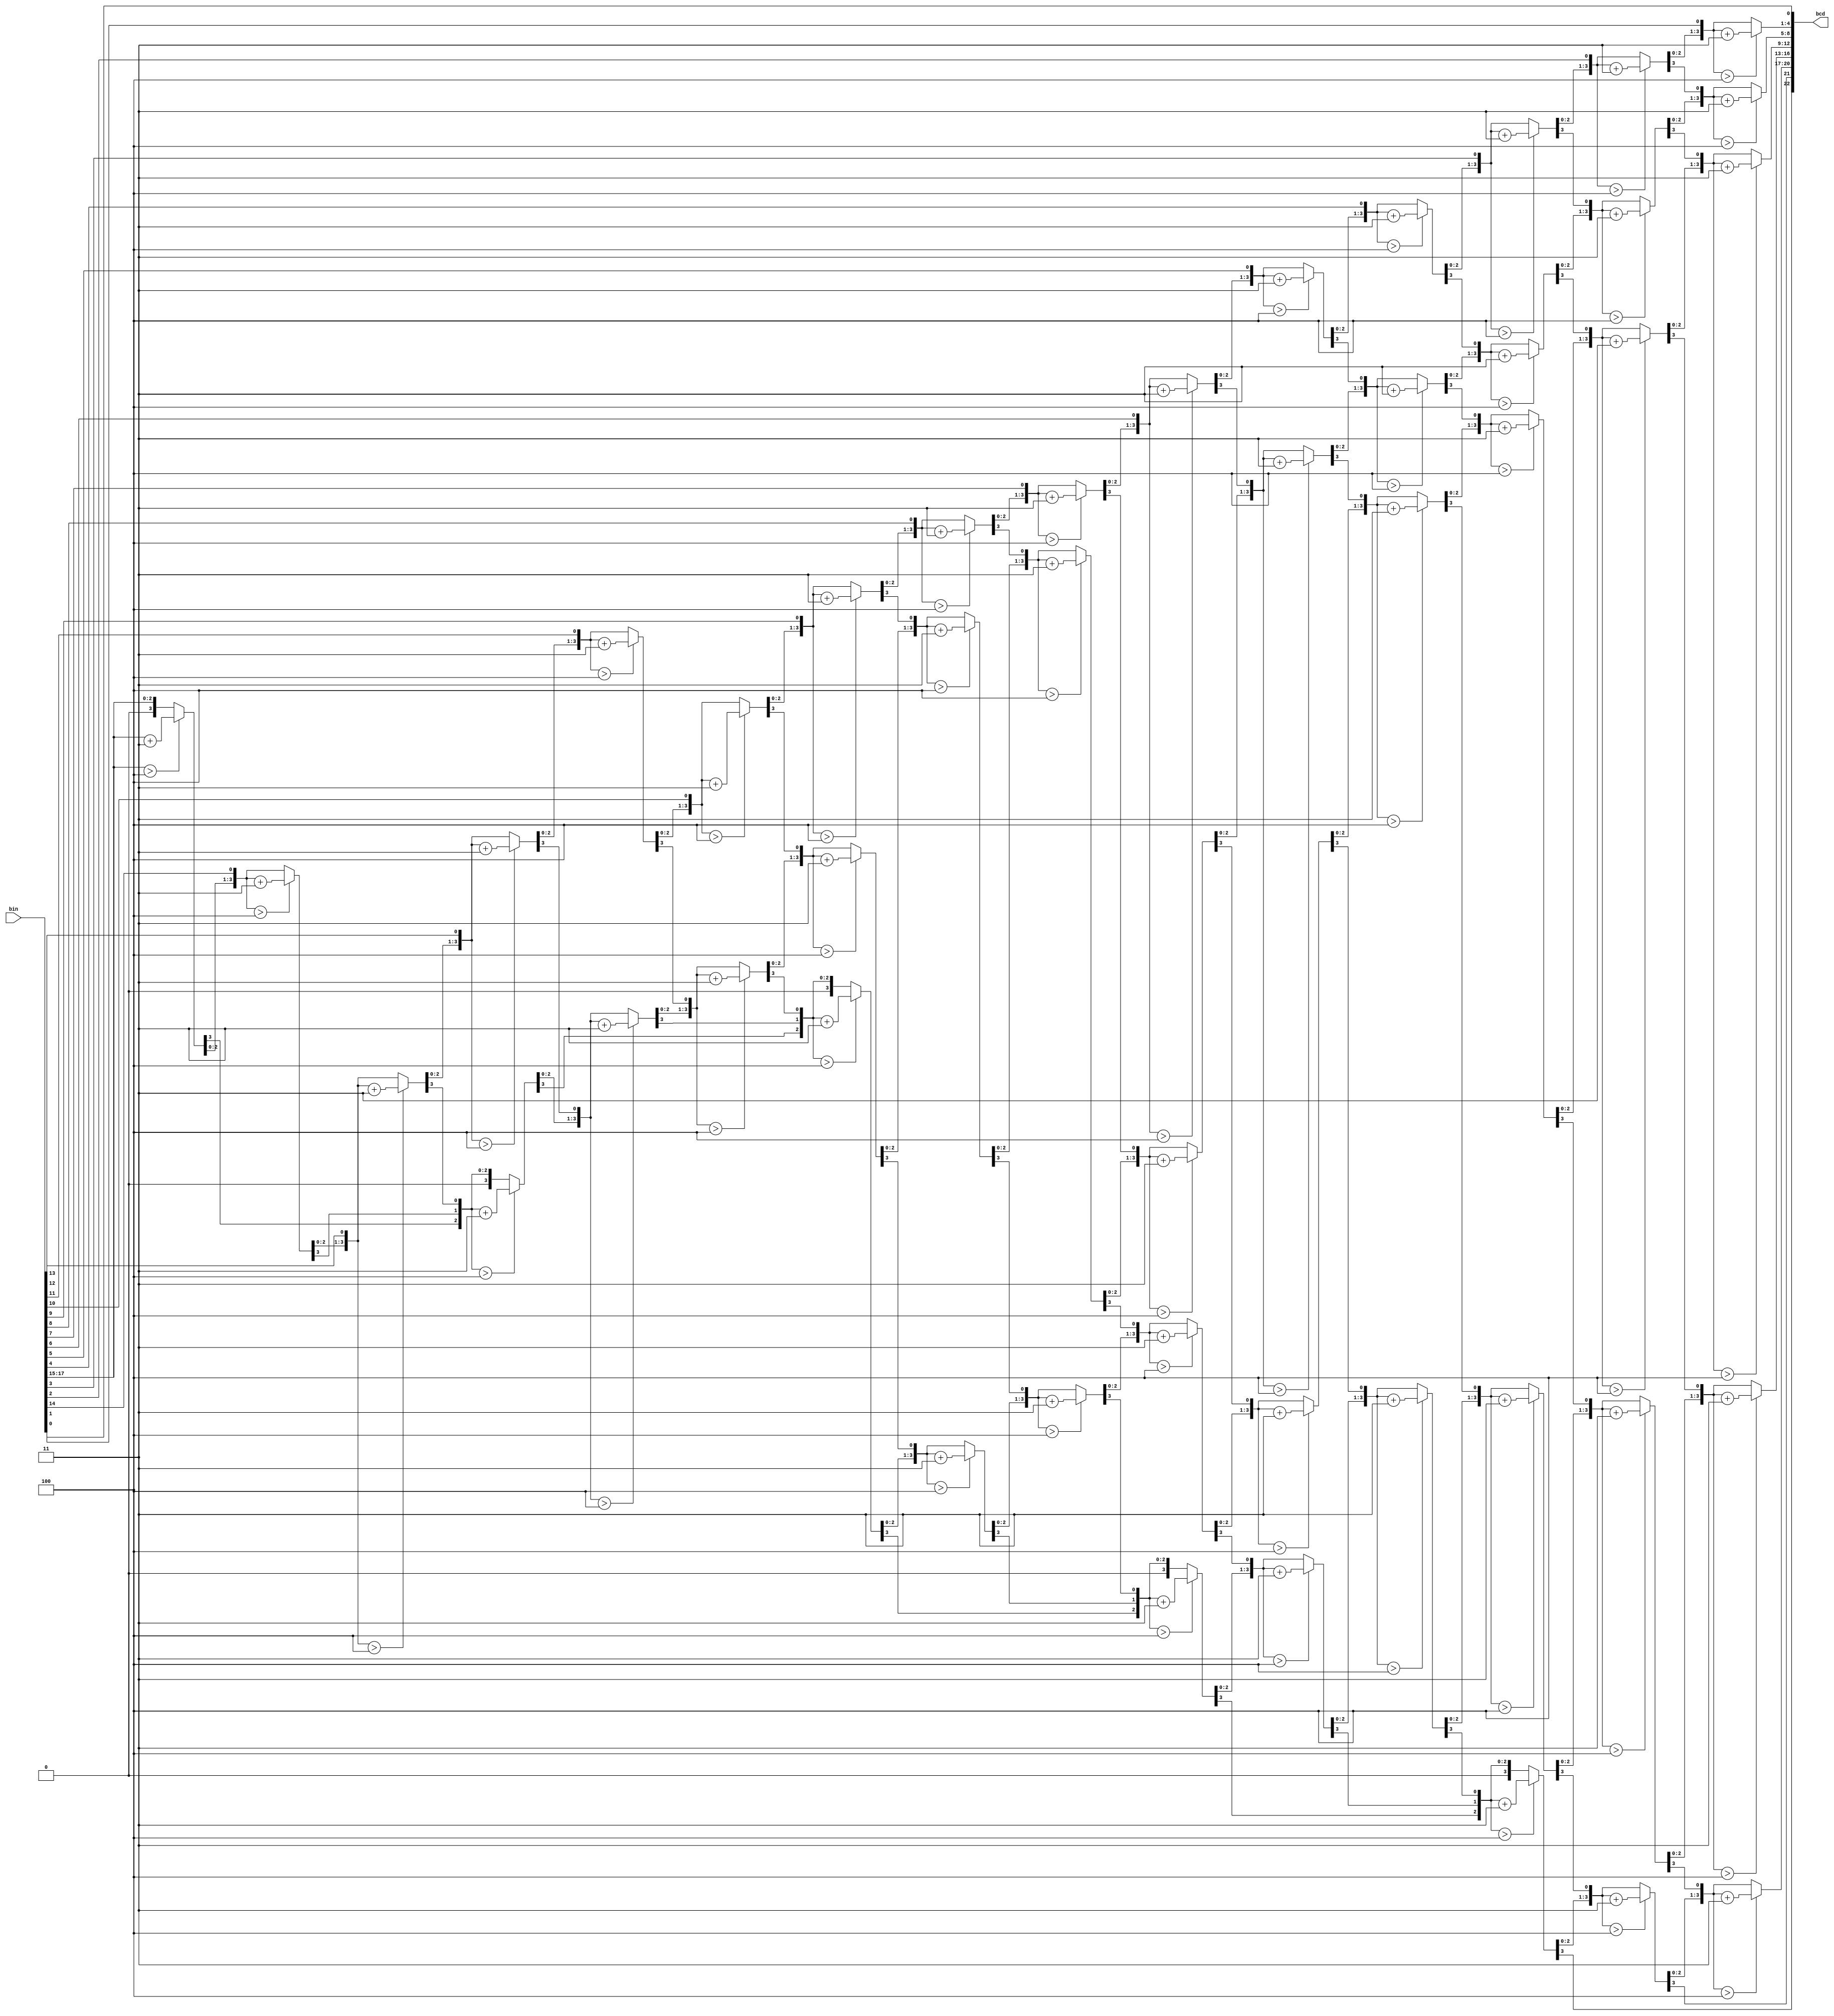
// This should be re-coded by optimizing


module bin2bcd
 #( parameter                W = 18)  // input width
  ( input      [W-1      :0] bin   ,  // binary
    output reg [W+(W-4)/3:0] bcd   ); // bcd {...,thousands,hundreds,tens,ones}

  integer i,j;

  always @(bin) begin
    for(i = 0; i <= W+(W-4)/3; i = i+1) bcd[i] = 0;     // initialize with zeros
    bcd[W-1:0] = bin;                                   // initialize with input vector
    for(i = 0; i <= W-4; i = i+1)                       // iterate on structure depth
      for(j = 0; j <= i/3; j = j+1)                     // iterate on structure width
        if (bcd[W-i+4*j -: 4] > 4)                      // if > 4
          bcd[W-i+4*j -: 4] = bcd[W-i+4*j -: 4] + 4'd3; // add 3
  end

endmodule